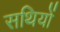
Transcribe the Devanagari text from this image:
सथियों